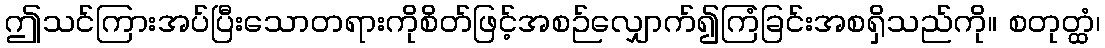
ဤသင်ကြားအပ်ပြီးသောတရားကိုစိတ်ဖြင့်အစဉ်လျှောက်၍ကြံခြင်းအစရှိသည်ကို။ စတုတ္ထံ၊